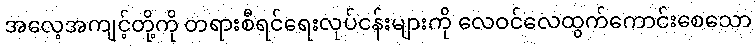
အလေ့အကျင့်တို့ကို တရားစီရင်ရေးလုပ်ငန်းများကို လေဝင်လေထွက်ကောင်းစေသော